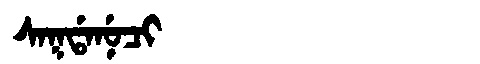
Manchu: ᠰᠠᡴᡩᠠᠨᡠᠴᡳ
Romanization: SAKDANUCI